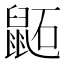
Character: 鼫